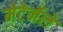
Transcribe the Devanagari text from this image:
मेटेर्नेले